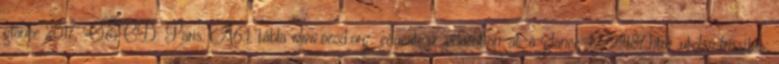
glance 2017, OECD: Paris. A6.1. tábla www.oecd.org education education-at-a-glance-19991487.htm, utolsó frissítés: